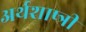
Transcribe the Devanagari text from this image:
अर्थशाष्त्री